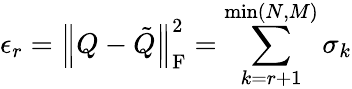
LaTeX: \epsilon_{r}=\left\| Q-\tilde{Q}\right\| _{\mathrm{F}}^{2}=\sum_{k=r+1}^{\operatorname*{min}(N,M)}\sigma_{k}